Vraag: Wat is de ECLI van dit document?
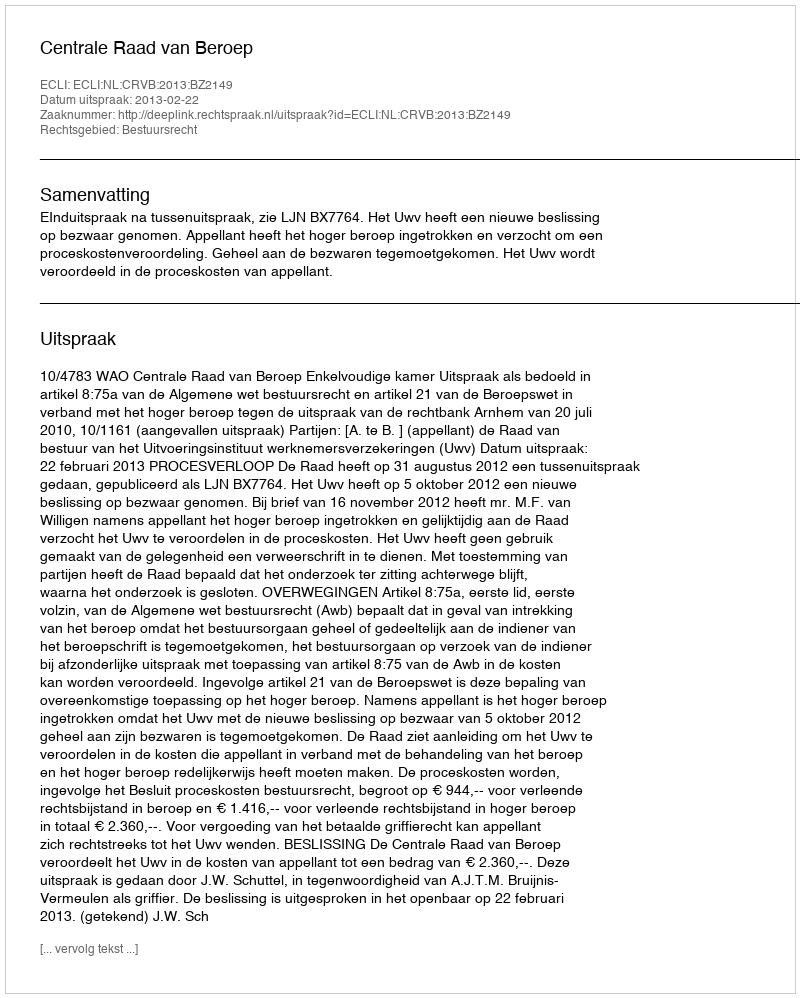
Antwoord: ECLI:NL:CRVB:2013:BZ2149